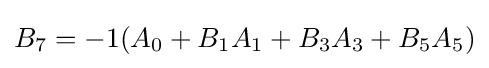
B_{7}=-1(A_{0}+B_{1}A_{1}+B_{3}A_{3}+B_{5}A_{5})